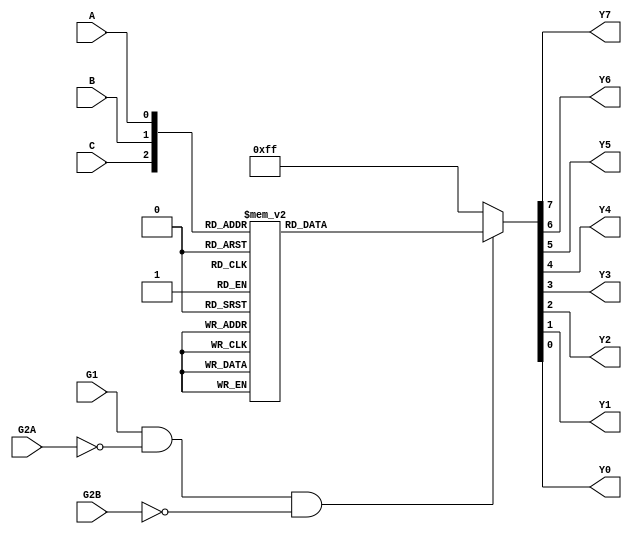
module gate74LS138D(G1,G2A,G2B,C,B,A,Y7,Y6,Y5,Y4,Y3,Y2,Y1,Y0);
  input G1,G2A,G2B,C,B,A;
  output Y7,Y6,Y5,Y4,Y3,Y2,Y1,Y0;
  reg [7:0] regout;
  always @(G1,G2A,G2B,C,B,A)
   begin
    if((G1==1)&&(G2A==0)&&(G2B==0))//
        begin
            case({C,B,A})
                3'b000: regout=8'b1111_1110;    //0
                3'b001: regout=8'b1111_1101;    //1
                3'b010: regout=8'b1111_1011;    //2
                3'b011: regout=8'b1111_0111;    //3
                3'b100: regout=8'b1110_1111;    //4
                3'b101: regout=8'b1101_1111;    //5
                3'b110: regout=8'b1011_1111;    //6
                3'b111: regout=8'b0111_1111;    //7
                default:regout=8'b0111_1111;    //7
            endcase
        end
    else  //
        begin
            regout=8'b1111_1111;
        end
   end 
    assign  {Y7,Y6,Y5,Y4,Y3,Y2,Y1,Y0}=regout;
endmodule